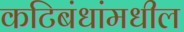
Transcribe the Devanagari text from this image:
कटिबंधांमधील